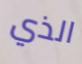
الذي